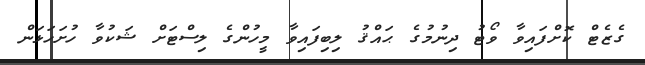
ގެޒެޓް ކޮށްފައިވާ ވޯޓު ދިނުމުގެ ޙައްޤު ލިބިފައިވާ މީހުންގެ ލިސްޓަށް ޝަކުވާ ހުށަހަޅަން